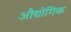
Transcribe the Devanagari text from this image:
औद्मोगिक